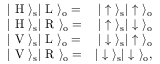
\begin{array} { r l r } & { | \ \mathrm { H } \ \rangle _ { \mathrm { s } } | \ \mathrm { L } \ \rangle _ { \mathrm { o } } = } & { | \uparrow \ \rangle _ { \mathrm { s } } | \uparrow \ \rangle _ { \mathrm { o } } } \\ & { | \ \mathrm { H } \ \rangle _ { \mathrm { s } } | \ \mathrm { R } \ \rangle _ { \mathrm { o } } = } & { | \uparrow \ \rangle _ { \mathrm { s } } | \downarrow \ \rangle _ { \mathrm { o } } } \\ & { | \ \mathrm { V } \ \rangle _ { \mathrm { s } } | \ \mathrm { L } \ \rangle _ { \mathrm { o } } = } & { | \downarrow \ \rangle _ { \mathrm { s } } | \uparrow \ \rangle _ { \mathrm { o } } } \\ & { | \ \mathrm { V } \ \rangle _ { \mathrm { s } } | \ \mathrm { R } \ \rangle _ { \mathrm { o } } = } & { | \downarrow \ \rangle _ { \mathrm { s } } | \downarrow \ \rangle _ { \mathrm { o } } , } \end{array}